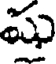
షు